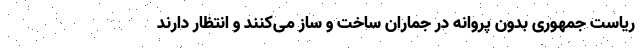
ریاست جمهوری بدون پروانه در جماران ساخت و ساز می‌کنند و انتظار دارند